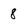
Character: 8